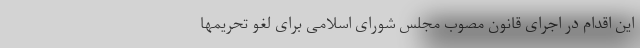
‌این اقدام در اجرای قانون مصوب مجلس شورای اسلامی برای لغو تحریمها